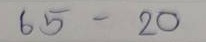
65 - 20